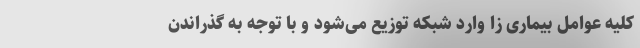
کلیه عوامل بیماری زا وارد شبکه توزیع می‌شود و با توجه به گذراندن